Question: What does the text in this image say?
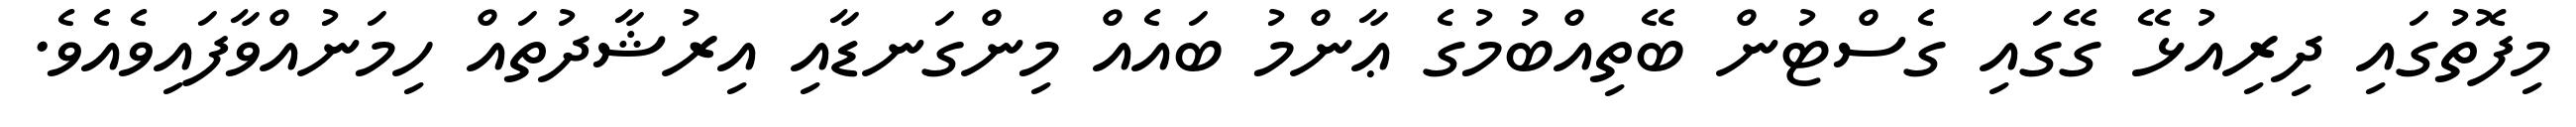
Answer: މިފޮތުގައި ދިރިއުޅޭ ގޭގައި ގެސްޓުން ބޭތިއްބުމުގެ ޢާންމު ބައެއް މިންގަނޑާއި އިރުޝާދުތައް ހިމަނުއްވާފައިވެއެވެ.